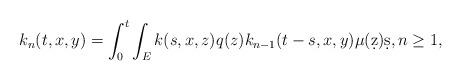
LaTeX: \begin{align*}k_{n}(t,x,y) &= \int_0^t \int_E k(s,x,z) q(z) k_{n-1}(t-s,x,y)\mu(\d z) \d s, n\ge1,\end{align*}